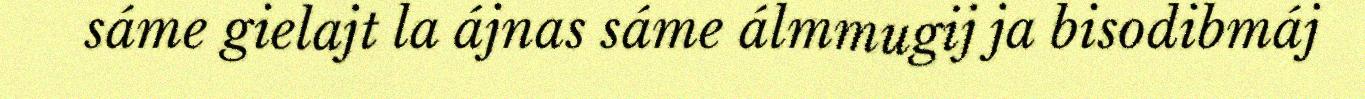
sáme gielajt la ájnas sáme álmmugij ja bisodibmáj